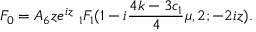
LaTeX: F _ { 0 } = { \cal A } _ { 6 } z e ^ { i z } \ _ { 1 } F _ { 1 } ( 1 - i \frac { 4 k - 3 c _ { 1 } } { 4 } \mu , 2 ; - 2 i z ) .